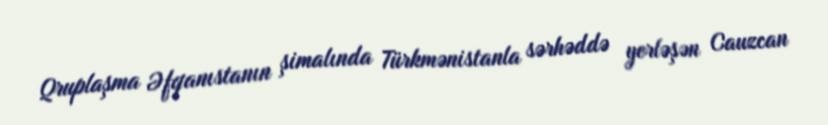
Qruplaşma Əfqanıstanın şimalında Türkmənistanla sərhəddə yerləşən Cauzcan